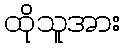
ထိုသူအား